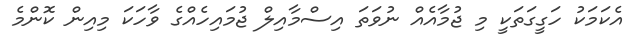
އެކަމަކު ހަގީގަތަކީ މި ޖުމާއެއް ނުވަތަ އިސްމާއިލް ޖުމައިހެއްގެ ވާހަކަ މިއިން ކޮންމެ